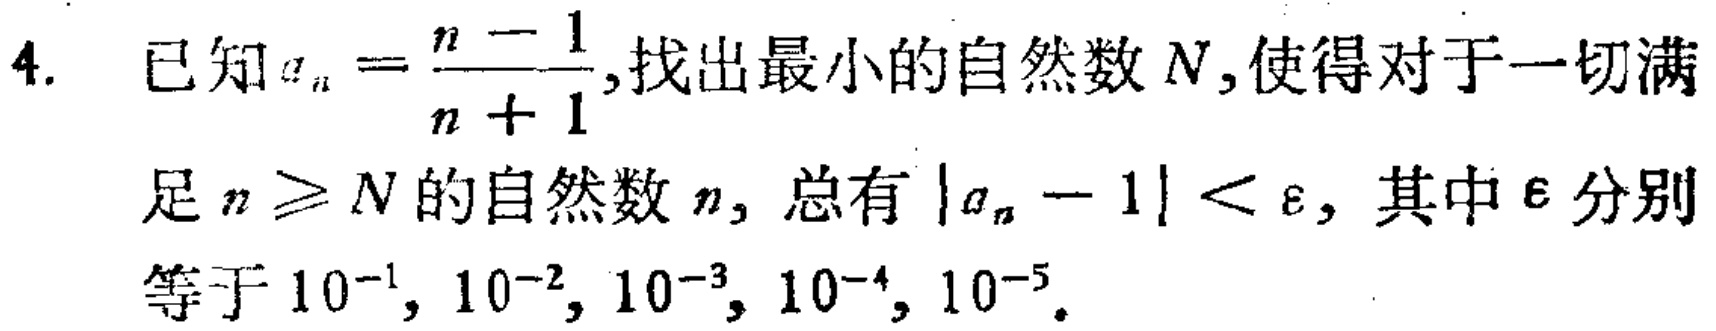
已知\(a_{n}=\frac{n - 1}{n + 1}\),找出最小的自然数\(N\),使得对于一切满足\(n\geq N\)的自然数\(n\), 总有\(\vert a_{n}-1\vert<\varepsilon\), 其中\(\varepsilon\)分别等于\(10^{-1},10^{-2},10^{-3},10^{-4},10^{-5}\).